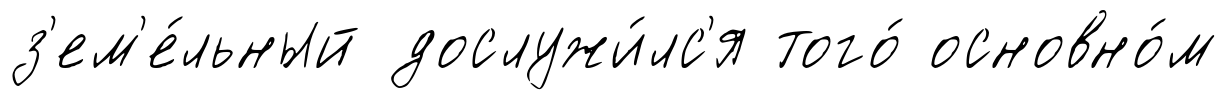
з'ем'е́льный дослужи́лс'я того́ основно́м